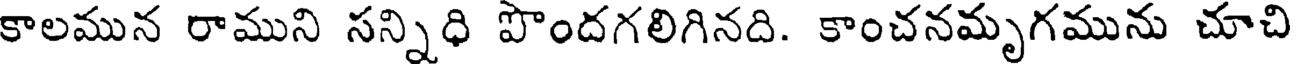
కాలమున రాముని సన్నిధి పొందగలిగినది. కాంచనమృగమును చూచి